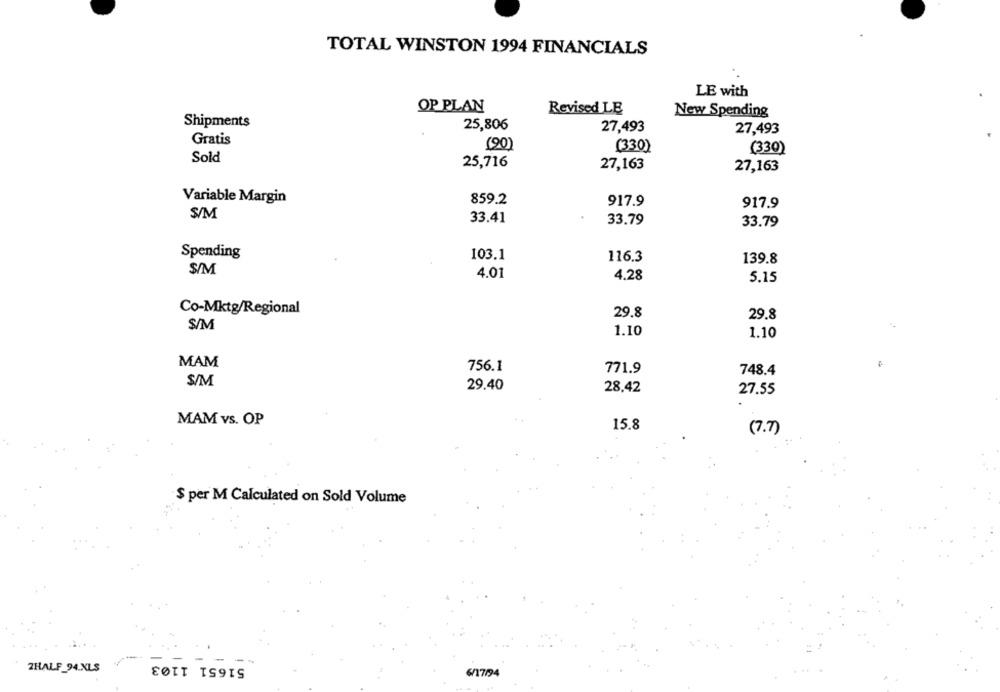
TOTAL WINSTON 1994 FINANCIALS
LE with
OP PLAN
Revised LE
New Spending
Shipments
25,806
27,493
27,493
Gratis
(90)
(330)
(330)
Sold
25,716
27,163
27,163
Variable Margin
859.2
917.9
917.9
S/M
33.41
33.79
33.79
Spending
103.1
116.3
139.8
S/M
4.01
4.28
5.15
Co-Mktg/Regional
29.8
29.8
S/M
1.10
1.10
MAM
756.1
771.9
748.4
S/M
29.40
28.42
27.55
MAM vs. OP
15.8
(7.7)
$ per M Calculated on Sold Volume
- -
51651 1103
2HALF_94.XLS
6/17/94